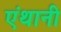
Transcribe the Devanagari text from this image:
एंथानी